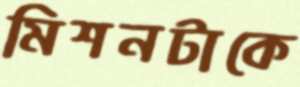
মিশনটাকে